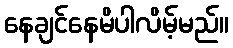
နေချင်နေမိပါလိမ့်မည်။